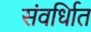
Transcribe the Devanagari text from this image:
संवर्धिात